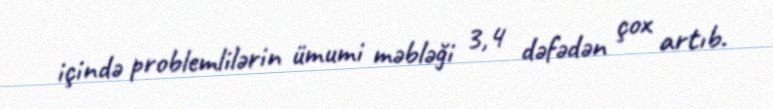
içində problemlilərin ümumi məbləği 3,4 dəfədən çox artıb.